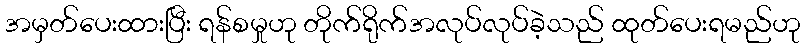
အမှတ်ပေးထားပြီး ရန်စမှုဟု တိုက်ရိုက်အလုပ်လုပ်ခဲ့သည် ထုတ်ပေးရမည်ဟု